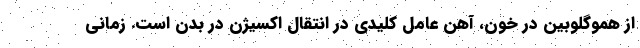
از هموگلوبین در خون، آهن عامل کلیدی در انتقال اکسیژن در بدن است. زمانی